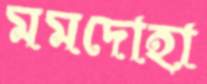
মমদোহা